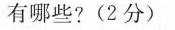
有哪些?(2分)